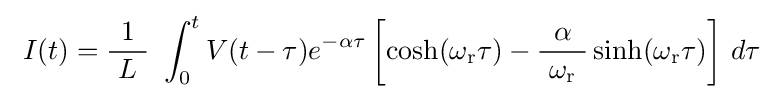
\ I(t)={\frac {1}{\ L\ }}\ \int _{0}^{t}V(t-\tau )e^{-\alpha \tau }\left[\cosh(\omega _{\mathrm {r} }\tau )-{\frac {\alpha }{\ \omega _{\mathrm {r} }\ }}\sinh(\omega _{\mathrm {r} }\tau )\right]\,d\tau \